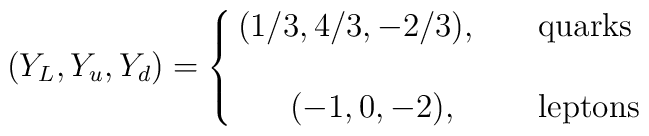
(Y_L,Y_u,Y_d)=\left\{\matrix{(1/3, 4/3, -2/3),\quad &{\rm quarks}\hfill\cr &\cr(-1, 0, -2), &{\rm leptons}\cr}\right.